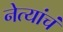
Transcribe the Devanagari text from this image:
नेत्यांचं